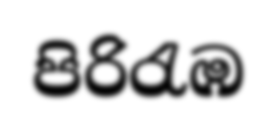
පිරිරැඹ